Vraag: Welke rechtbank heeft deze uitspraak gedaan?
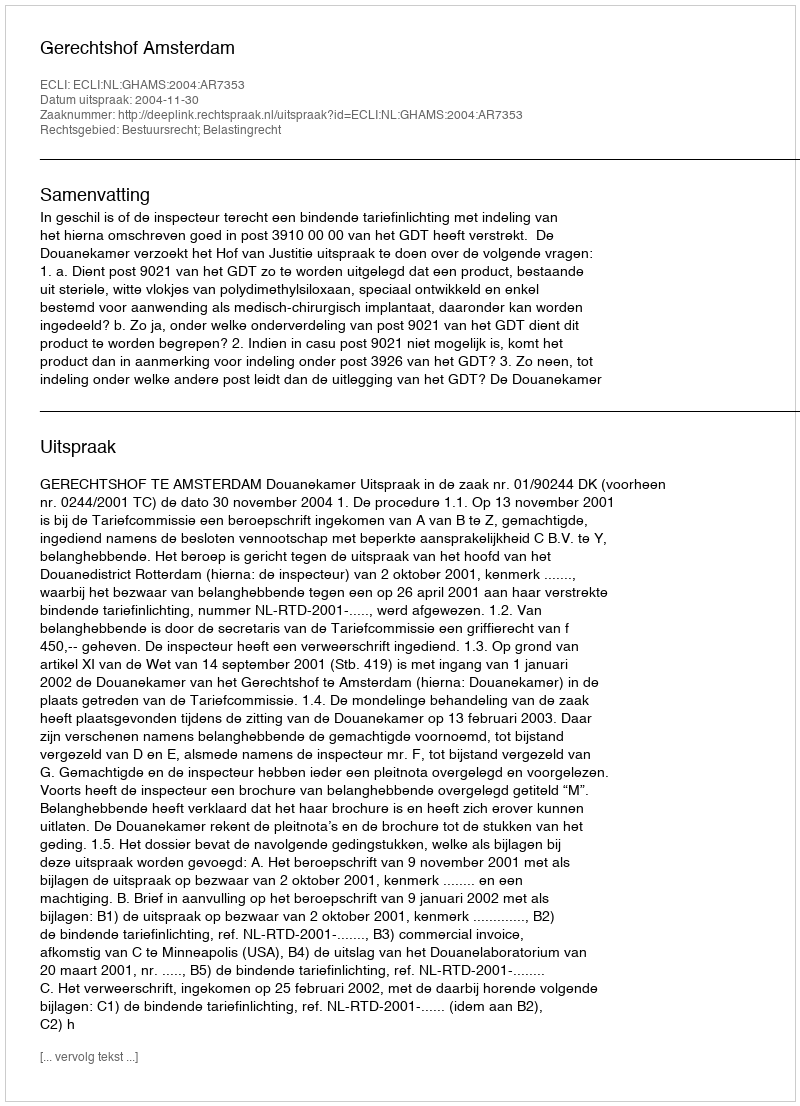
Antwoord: Gerechtshof Amsterdam